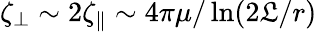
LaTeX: \zeta_{\perp}\sim2\zeta_{\parallel}\sim4\pi\mu/\ln(2\mathfrak{L}/r)